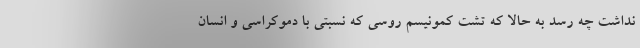
نداشت چه رسد به حالا که تشت کمونیسم روسی که نسبتی با دموکراسی و انسان